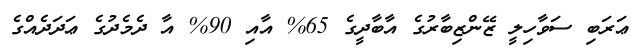
ޢަރަބި ސަވާހިލީ ޒޭންޒިބާރުގެ އާބާދީގެ 65% އާއި 90% އާ ދެމެދުގެ ޢަދަދެއްގެ